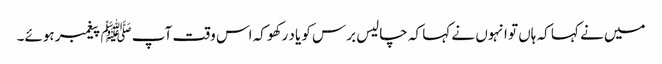
میں نے کہا کہ ہاں تو انہوں نے کہا کہ چالیس برس کو یاد رکھو کہ اس وقت آپﷺ پیغمبر ہوئے۔